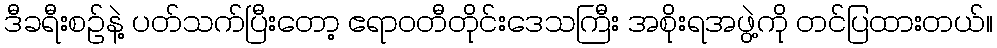
ဒီခရီးစဉ်နဲ့ ပတ်သက်ပြီးတော့ ဧရာဝတီတိုင်းဒေသကြီး အစိုးရအဖွဲ့ကို တင်ပြထားတယ်။